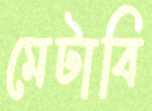
মেটাবি